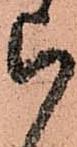
ら